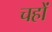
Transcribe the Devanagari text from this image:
चहों